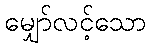
မျှော်လင့်သော